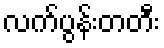
လက်ပွန်းတတီး